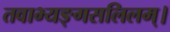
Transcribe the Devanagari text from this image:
तवाभ्यङ्गसलिलम्।